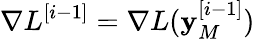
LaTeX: \nabla L^{[i-1]}=\nabla L(\mathbf{y}_{M}^{[i-1]})